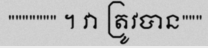
""""""" ។ វា ត្រូវបាន"""